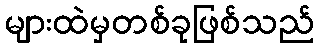
များထဲမှတစ်ခုဖြစ်သည်